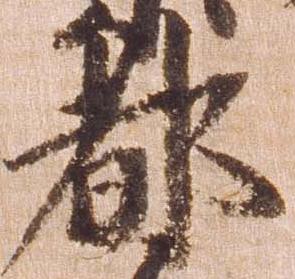
都